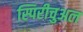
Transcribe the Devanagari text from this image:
स्पिरीचुअल